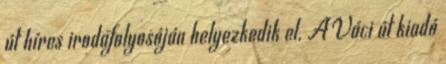
út híres irodafolyosóján helyezkedik el. A Váci út kiadó